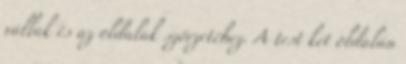
vállak és az oldalak szőrzetéhez. A test két oldalán